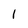
Character: 1